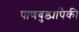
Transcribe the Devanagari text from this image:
पाणबुड्यांपैकी